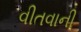
વીતવાની